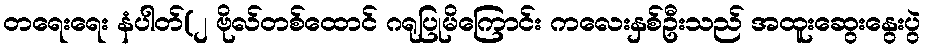
တရေးရေး နံပါတ်(၂ ဗိုလ်တစ်ထောင် ဂရုပြုမိကြောင်း ကလေးနှစ်ဦးသည် အထူးဆွေးနွေးပွဲ